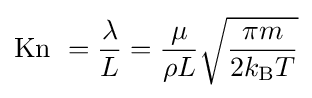
\mathrm {Kn} \ ={\frac {\lambda }{L}}={\frac {\mu }{\rho L}}{\sqrt {\frac {\pi m}{2k_{\text{B}}T}}}